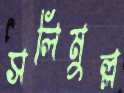
সলিমুল্ল